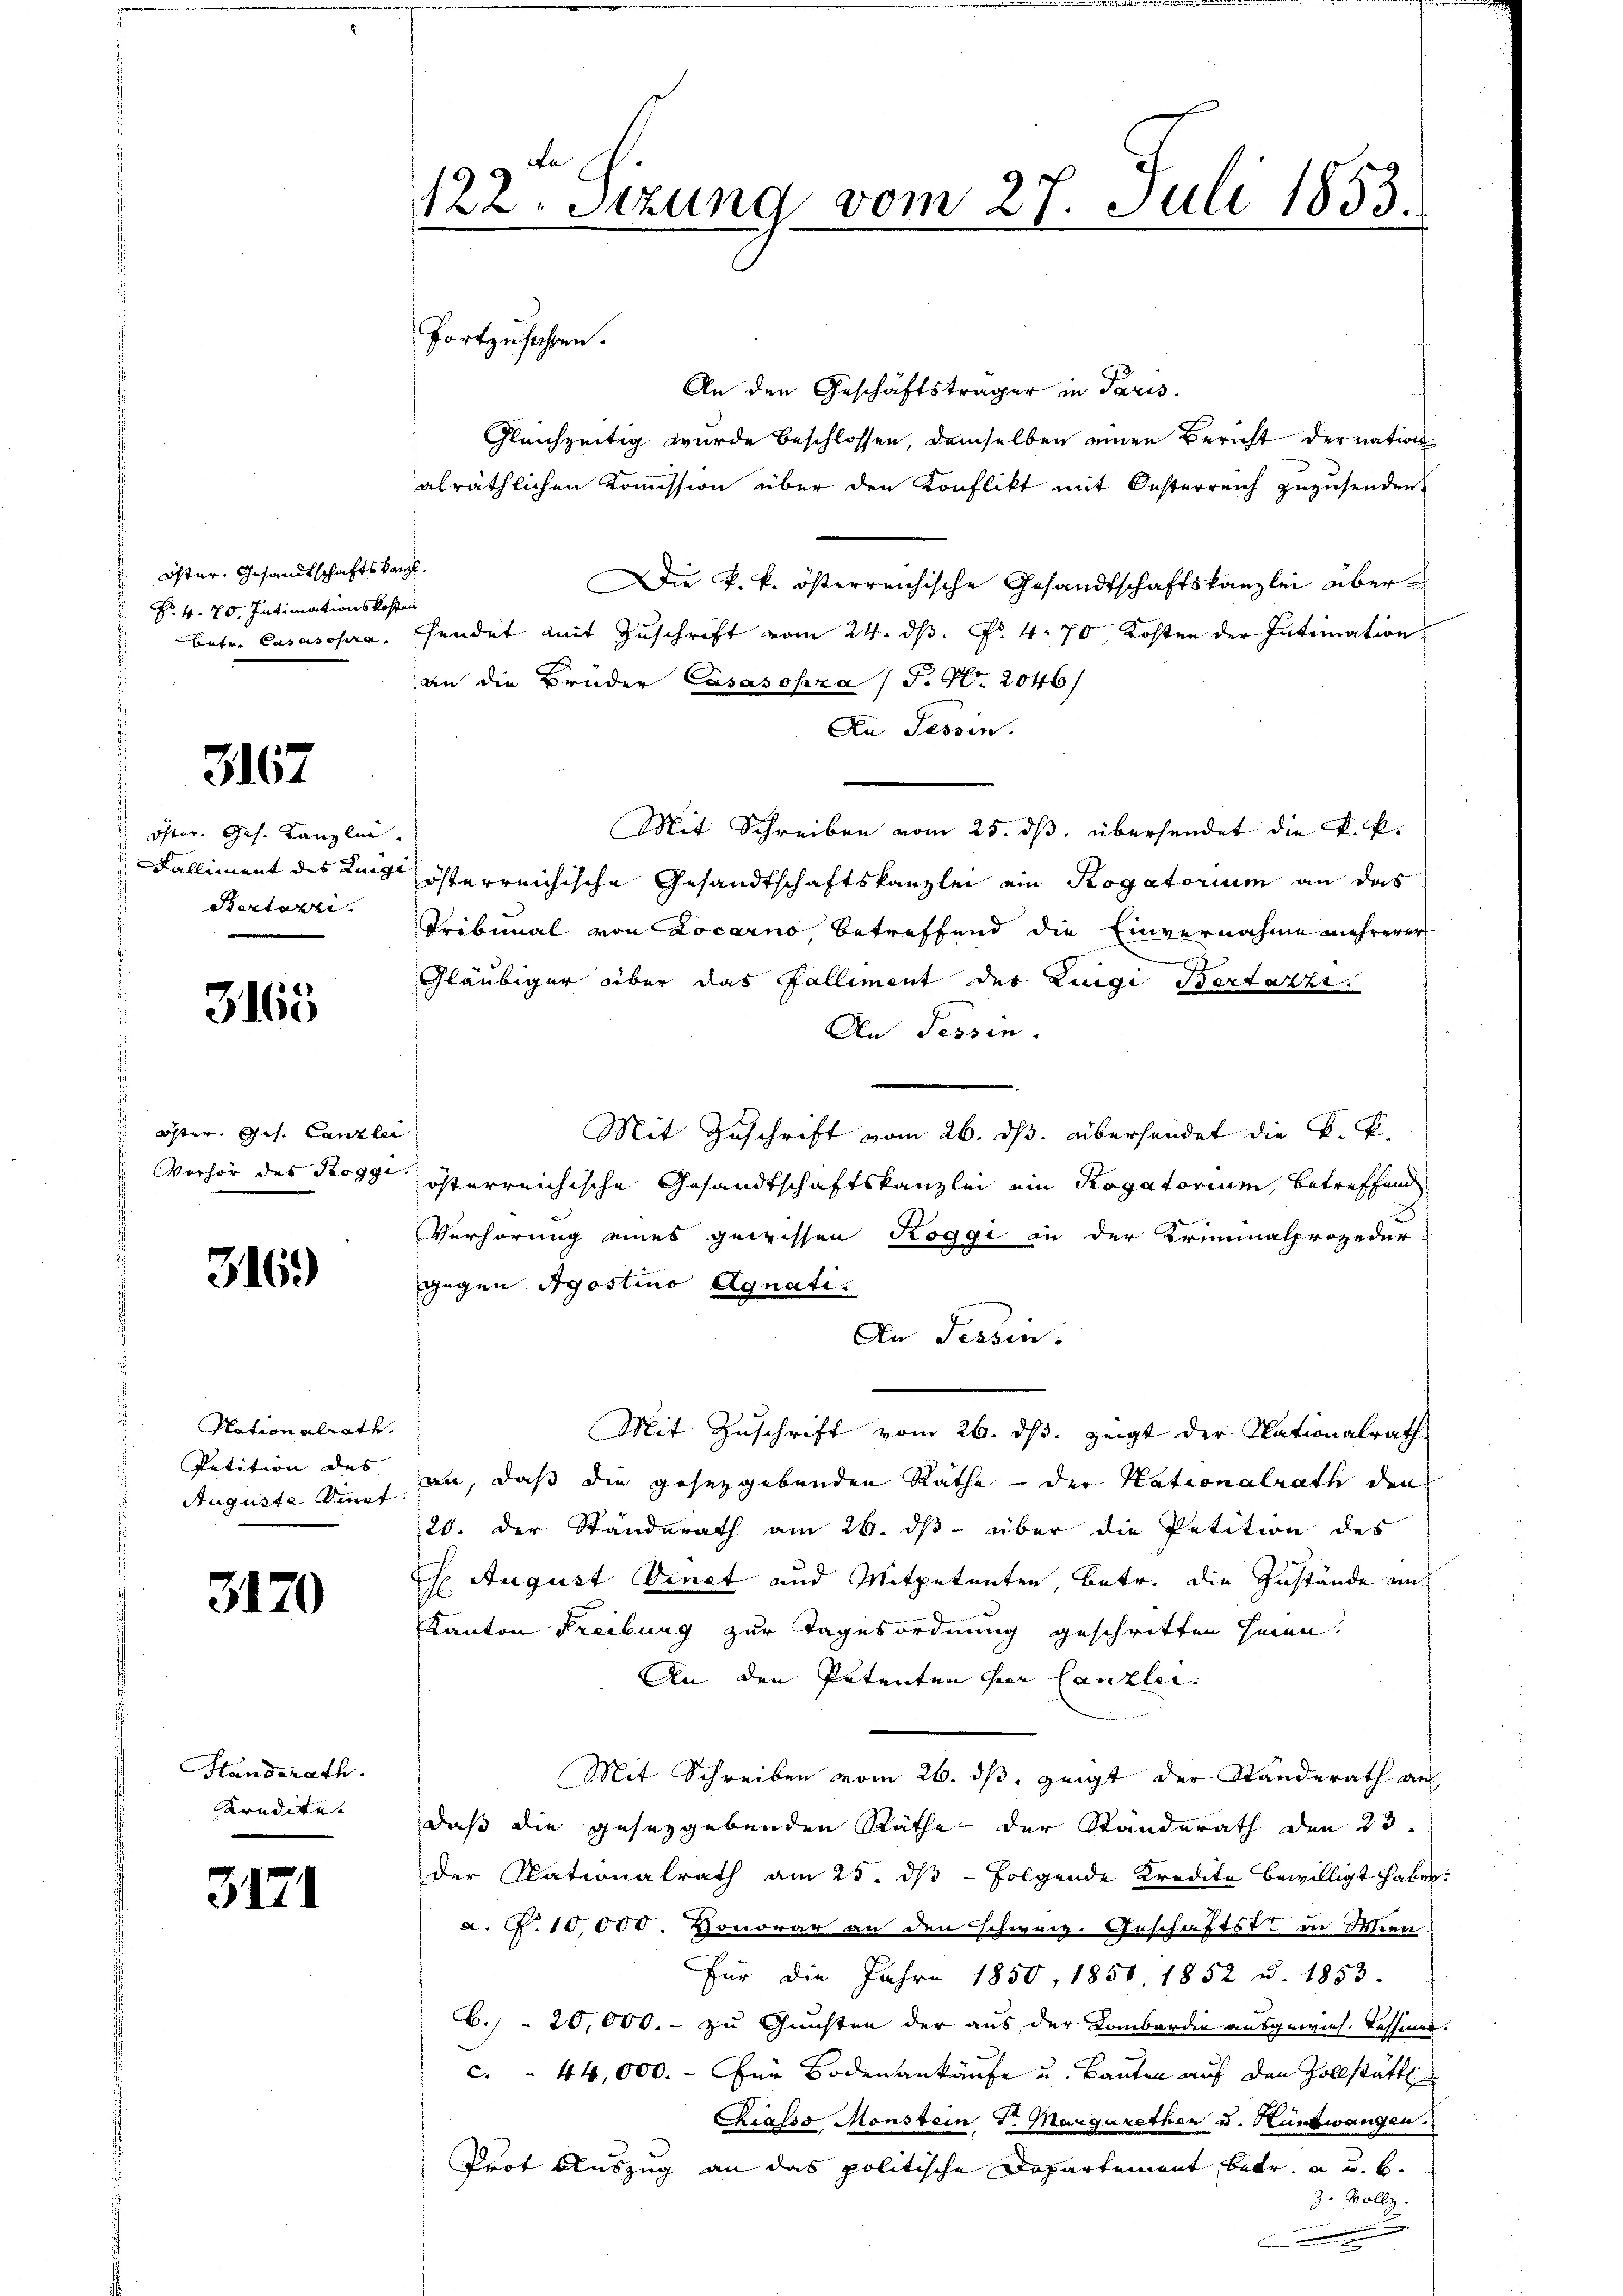
Öster, Gesandtschaftskanzl
 No. 4. 70. Intimationskosten
Auten Casasopra

3167

öster. Ges. Kanzlei.
Kalliment des Lunge
Bertazzi.

3165

Öster. Ges. Canzlei

316)

Nationalrate.
Petition des
Auguste Sanct

3120

Standerath.
Kredite.

3171

122. Sizung vom 27. Juli 1853.
.
fortzufahren.

An den Geschäftsträger in Paris.
Gleichzeitig wurde beschlossen, demselben einen Bericht der nation
alräthlichen Kommission über den Konflikt mit Oesterreich zuzusenden.
Die k. k. österreichische Gesandtschaftskanzlei übersendet mit Zuschrift vom 24. ds. f. 470 Kosten der Intimation
an die Brüder Casasopra (T. Nr. 2046/
Den Tessin.
Mit Schreiben vom 25. ds. übersendet die K. P.
österreichische Gesandtschaftskanzlei ein Rogatorium an das
Tribunal von Locarno, betreffend die Einvernahme mehrerer
Gläubiger über das Palliment der Zinge Bertarzt.
An Tessin.
Mit Zuschrift vom 26. ds. überhandet die K. K.
Verhör des Rogg österreichische Gesandtschaftskanzlei ein Rogatorium, betreffend
Verhörung eines gewissen Roggi in der Kriminalprozedur
gegen Apostino Agnati
An Tessin.
Mit Zuschrift vom 26. ds. zeigt der Nationalrath
an, daß die gesetzgebenden Rathe der Nationalrath den
20. der Standerath am 26. ds über die Petition des
Th August Vinet und Mitpetenten, betr. die Zustände uns
Kanton Freibung zur Tagesordnung geschritten hinen.
An den Petenten hier Canzlei.
Mit Schreiben vom 26. dβ, zeigt der Standerath au
daß die gesezgebenden Räthe der Standerath den 23.
der Nationalrath am 25. dβ - Folgende Kredite bewilligt haben
a. P. 10,000. Honorar an den schweiz. Geschäftste in Mien
Für die Jahre 1850, 1851, 1852 u. 1853.
6./  20,000. - zu Gunsten der aus der Lombardie ausgewies. Tessiner
 44,000.- Für Bodenankäufe u. Bauten auf den Zollstätt
Kiasso Monstein G. Margarethen u. Hüntwangen.
Prot Auszug an das politische Departement betr. a u. b
3. Vollz
.